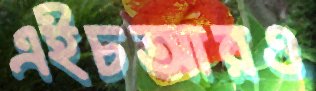
এইচআরও